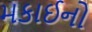
મકાઈનો